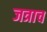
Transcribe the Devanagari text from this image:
जत्राच